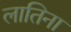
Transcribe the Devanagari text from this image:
लातिना